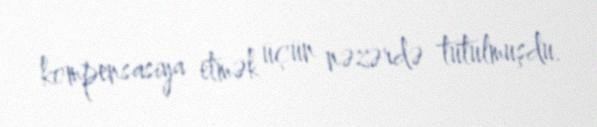
kompensasiya etmək üçün nəzərdə tutulmuşdu.